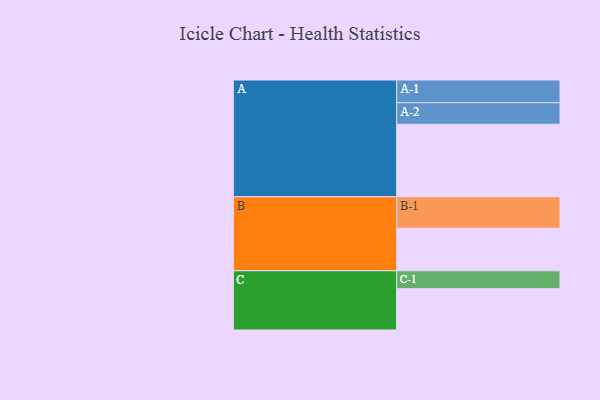
{"axis": {"x": "Segment", "y": "Value"}, "legend": ["", "A", "B", "C"], "data": [{"x": "A", "y": 561, "type": ""}, {"x": "B", "y": 329, "type": ""}, {"x": "C", "y": 319, "type": ""}, {"x": "A-1", "y": 176, "type": "A"}, {"x": "A-2", "y": 166, "type": "A"}, {"x": "B-1", "y": 243, "type": "B"}, {"x": "C-1", "y": 139, "type": "C"}]}